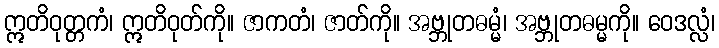
ဣတိဝုတ္တကံ၊ ဣတိဝုတ်ကို။ ဇာကတံ၊ ဇာတ်ကို။ အဗ္ဘုတဓမ္မံ၊ အဗ္ဘုတဓမ္မကို။ ဝေဒလ္လံ၊